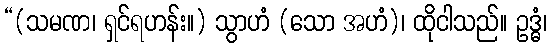
“(သမဏ၊ ရှင်ရဟန်း။) သွာဟံ (သော အဟံ)၊ ထိုငါသည်။ ဥဒ္ဓံ၊